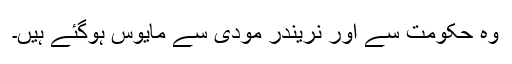
وہ حکومت سے اور نریندر مودی سے مایوس ہوگئے ہیں۔